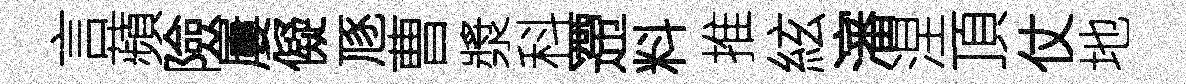
言蘋險屢儗豗曹漿科一遰料推絃瀋涅頂仗地